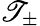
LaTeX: \mathscr{T}_{\pm}